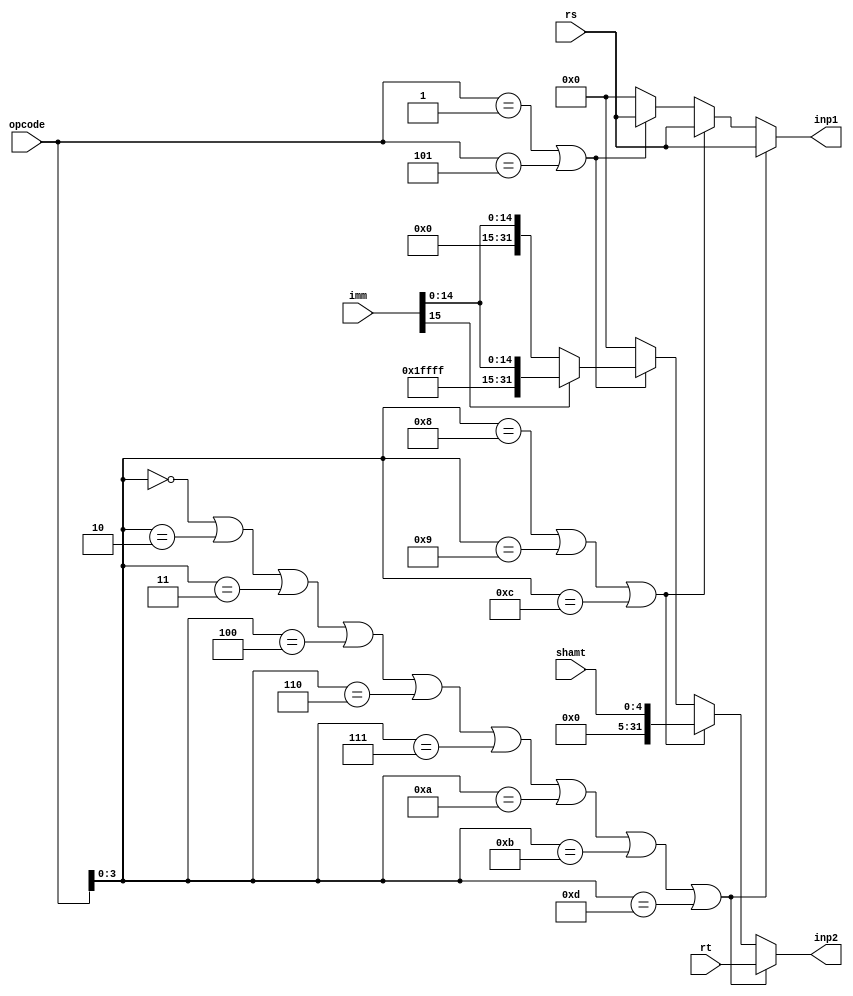
`timescale 1ns / 1ps
//////////////////////////////////////////////////////////////////////////////////
// Company: 
// Engineer: 
// 
// Design Name: 
// Module Name:    AssignALUInput 
// Project Name: 
// Target Devices: 
// Tool versions: 
// Description: 
//
// Dependencies: 
//
// Revision: 
// Revision 0.01 - File Created
// Additional Comments: 
//
//////////////////////////////////////////////////////////////////////////////////
module AssignALUInput(
input [31:0] rs,
		input [31:0] rt,
		input [4:0] shamt,
		input [15:0] imm,
		input [5:0] opcode,
		output reg [31:0] inp1,
		output reg [31:0] inp2
    );
reg [1:0]code;
reg [3:0]funcode;
always @(*)
	begin
		code=opcode[5:4];
		funcode=opcode[3:0];
	
			    //for various arithmetic and shift operations involving 2 reg 
				if(funcode==4'd0 | funcode==4'd2 | funcode==4'd3 | funcode==4'd4| funcode==4'd6 | funcode==4'd7 | funcode==4'd10 | funcode==4'd11 |funcode==4'd13 )
					begin
					inp1=rs;
					inp2=rt;
					end
				else if(funcode==4'd8|funcode==4'd9|funcode==4'd12)  //involving 1 reg and shamt
					begin
					inp1=rs;
					inp2={27'b0,shamt};
					end
		
				else if(opcode==6'd1 | opcode==6'd5)     //immediate operations
				begin
					inp1=rs;
					if(imm[15]==1'b1)
						inp2={16'b1111111111111111,imm};
					else inp2={16'b0000000000000000,imm};
				end
				else                 //Otherwise not a work of ALU
				begin
					inp1=0;
					inp2=0;
				end
	end

endmodule